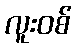
လူးဝစ်